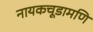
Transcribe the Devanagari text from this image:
नायकचूडामणि